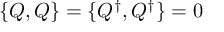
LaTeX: \{ Q , Q \} = \{ Q ^ { \dagger } , Q ^ { \dagger } \} = 0